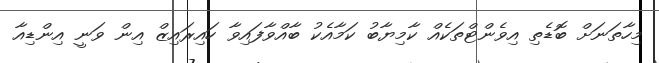
މިހާތަނަށް ބޮޑެތި އިވެންޓްތަކެއް ކާމިޔާބު ކަމާއެކު ބާއްވާފައިވާ ހައިރައިޒް އިން ވަނީ އިންޑިއާ